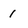
Character: 1